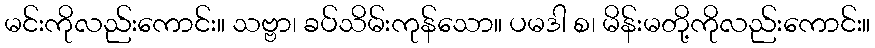
မင်းကိုလည်းကောင်း။ သဗ္ဗာ၊ ခပ်သိမ်းကုန်သော။ ပမဒါ စ၊ မိန်းမတို့ကိုလည်းကောင်း။